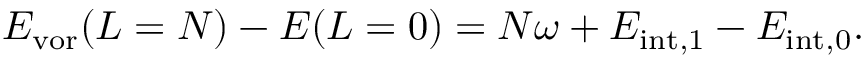
\begin{array} { r } { E _ { \mathrm { v o r } } ( L = N ) - E ( L = 0 ) = N \omega + E _ { \mathrm { { i n t } , 1 } } - E _ { \mathrm { { i n t } , 0 } } . } \end{array}